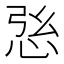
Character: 𢙰